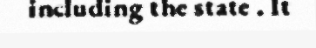
including the state . It